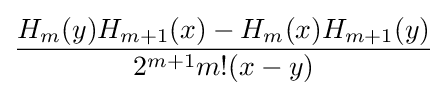
{\frac {H_{m}(y)H_{m+1}(x)-H_{m}(x)H_{m+1}(y)}{2^{m+1}m!(x-y)}}